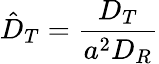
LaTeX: \hat{D}_{T}=\frac{D_{T}}{a^{2}D_{R}}